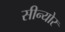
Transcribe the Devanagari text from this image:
सीन्योर